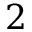
2